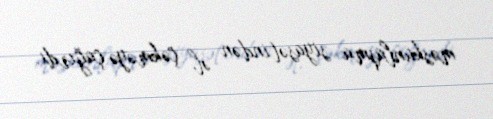
məskunlaşma siyasətindən əl çəkməyə çağırdı.